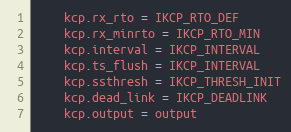
Language: Go
	kcp.rx_rto = IKCP_RTO_DEF
	kcp.rx_minrto = IKCP_RTO_MIN
	kcp.interval = IKCP_INTERVAL
	kcp.ts_flush = IKCP_INTERVAL
	kcp.ssthresh = IKCP_THRESH_INIT
	kcp.dead_link = IKCP_DEADLINK
	kcp.output = output